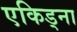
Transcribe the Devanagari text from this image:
एकिड्ना